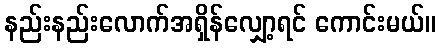
နည်းနည်းလောက်အရှိန်လျှော့ရင် ကောင်းမယ်။